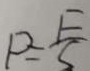
P = \frac { F } { S }